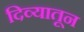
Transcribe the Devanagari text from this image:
दिव्यातून